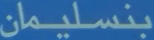
بنسليمان